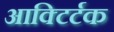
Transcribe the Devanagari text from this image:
आक्टिर्टक